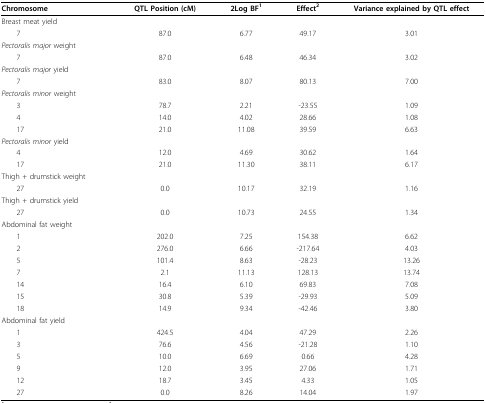
<table><thead><tr><td><b>Chromosome</b></td><td><b>QTL Position (cM)</b></td><td><b>2Log BF<sup>1</sup></b></td><td><b>Effect<sup>2</sup></b></td><td><b>Variance explained by QTL effect</b></td></tr></thead><tbody><tr><td>Breast meat yield</td><td></td><td></td><td></td><td></td></tr><tr><td> 7</td><td>87.0</td><td>6.77</td><td>49.17</td><td>3.01</td></tr><tr><td><i>Pectoralis major </i>weight</td><td></td><td></td><td></td><td></td></tr><tr><td> 7</td><td>87.0</td><td>6.48</td><td>46.34</td><td>3.02</td></tr><tr><td><i>Pectoralis major </i>yield</td><td></td><td></td><td></td><td></td></tr><tr><td> 7</td><td>83.0</td><td>8.07</td><td>80.13</td><td>7.00</td></tr><tr><td><i>Pectoralis minor </i>weight</td><td></td><td></td><td></td><td></td></tr><tr><td> 3</td><td>78.7</td><td>2.21</td><td>-23.55</td><td>1.09</td></tr><tr><td> 4</td><td>14.0</td><td>4.02</td><td>28.66</td><td>1.08</td></tr><tr><td> 17</td><td>21.0</td><td>11.08</td><td>39.59</td><td>6.63</td></tr><tr><td><i>Pectoralis minor </i>yield</td><td></td><td></td><td></td><td></td></tr><tr><td> 4</td><td>12.0</td><td>4.69</td><td>30.62</td><td>1.64</td></tr><tr><td> 17</td><td>21.0</td><td>11.30</td><td>38.11</td><td>6.17</td></tr><tr><td>Thigh + drumstick weight</td><td></td><td></td><td></td><td></td></tr><tr><td> 27</td><td>0.0</td><td>10.17</td><td>32.19</td><td>1.16</td></tr><tr><td>Thigh + drumstick yield</td><td></td><td></td><td></td><td></td></tr><tr><td> 27</td><td>0.0</td><td>10.73</td><td>24.55</td><td>1.34</td></tr><tr><td>Abdominal fat weight</td><td></td><td></td><td></td><td></td></tr><tr><td> 1</td><td>202.0</td><td>7.25</td><td>154.38</td><td>6.62</td></tr><tr><td> 2</td><td>276.0</td><td>6.66</td><td>-217.64</td><td>4.03</td></tr><tr><td> 5</td><td>101.4</td><td>8.63</td><td>-28.23</td><td>13.26</td></tr><tr><td> 7</td><td>2.1</td><td>11.13</td><td>128.13</td><td>13.74</td></tr><tr><td> 14</td><td>16.4</td><td>6.10</td><td>69.83</td><td>7.08</td></tr><tr><td> 15</td><td>30.8</td><td>5.39</td><td>-29.93</td><td>5.09</td></tr><tr><td> 18</td><td>14.9</td><td>9.34</td><td>-42.46</td><td>3.80</td></tr><tr><td>Abdominal fat yield</td><td></td><td></td><td></td><td></td></tr><tr><td> 1</td><td>424.5</td><td>4.04</td><td>47.29</td><td>2.26</td></tr><tr><td> 3</td><td>76.6</td><td>4.56</td><td>-21.28</td><td>1.10</td></tr><tr><td> 5</td><td>10.0</td><td>6.69</td><td>0.66</td><td>4.28</td></tr><tr><td> 9</td><td>12.0</td><td>3.95</td><td>27.06</td><td>1.71</td></tr><tr><td> 12</td><td>18.7</td><td>3.45</td><td>4.33</td><td>1.05</td></tr><tr><td> 27</td><td>0.0</td><td>8.26</td><td>14.04</td><td>1.97</td></tr></tbody></table>